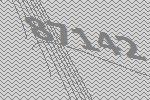
87142